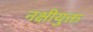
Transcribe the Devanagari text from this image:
नक्षीयुक्त